Leningradi_Edasi_toimetus, lk 49
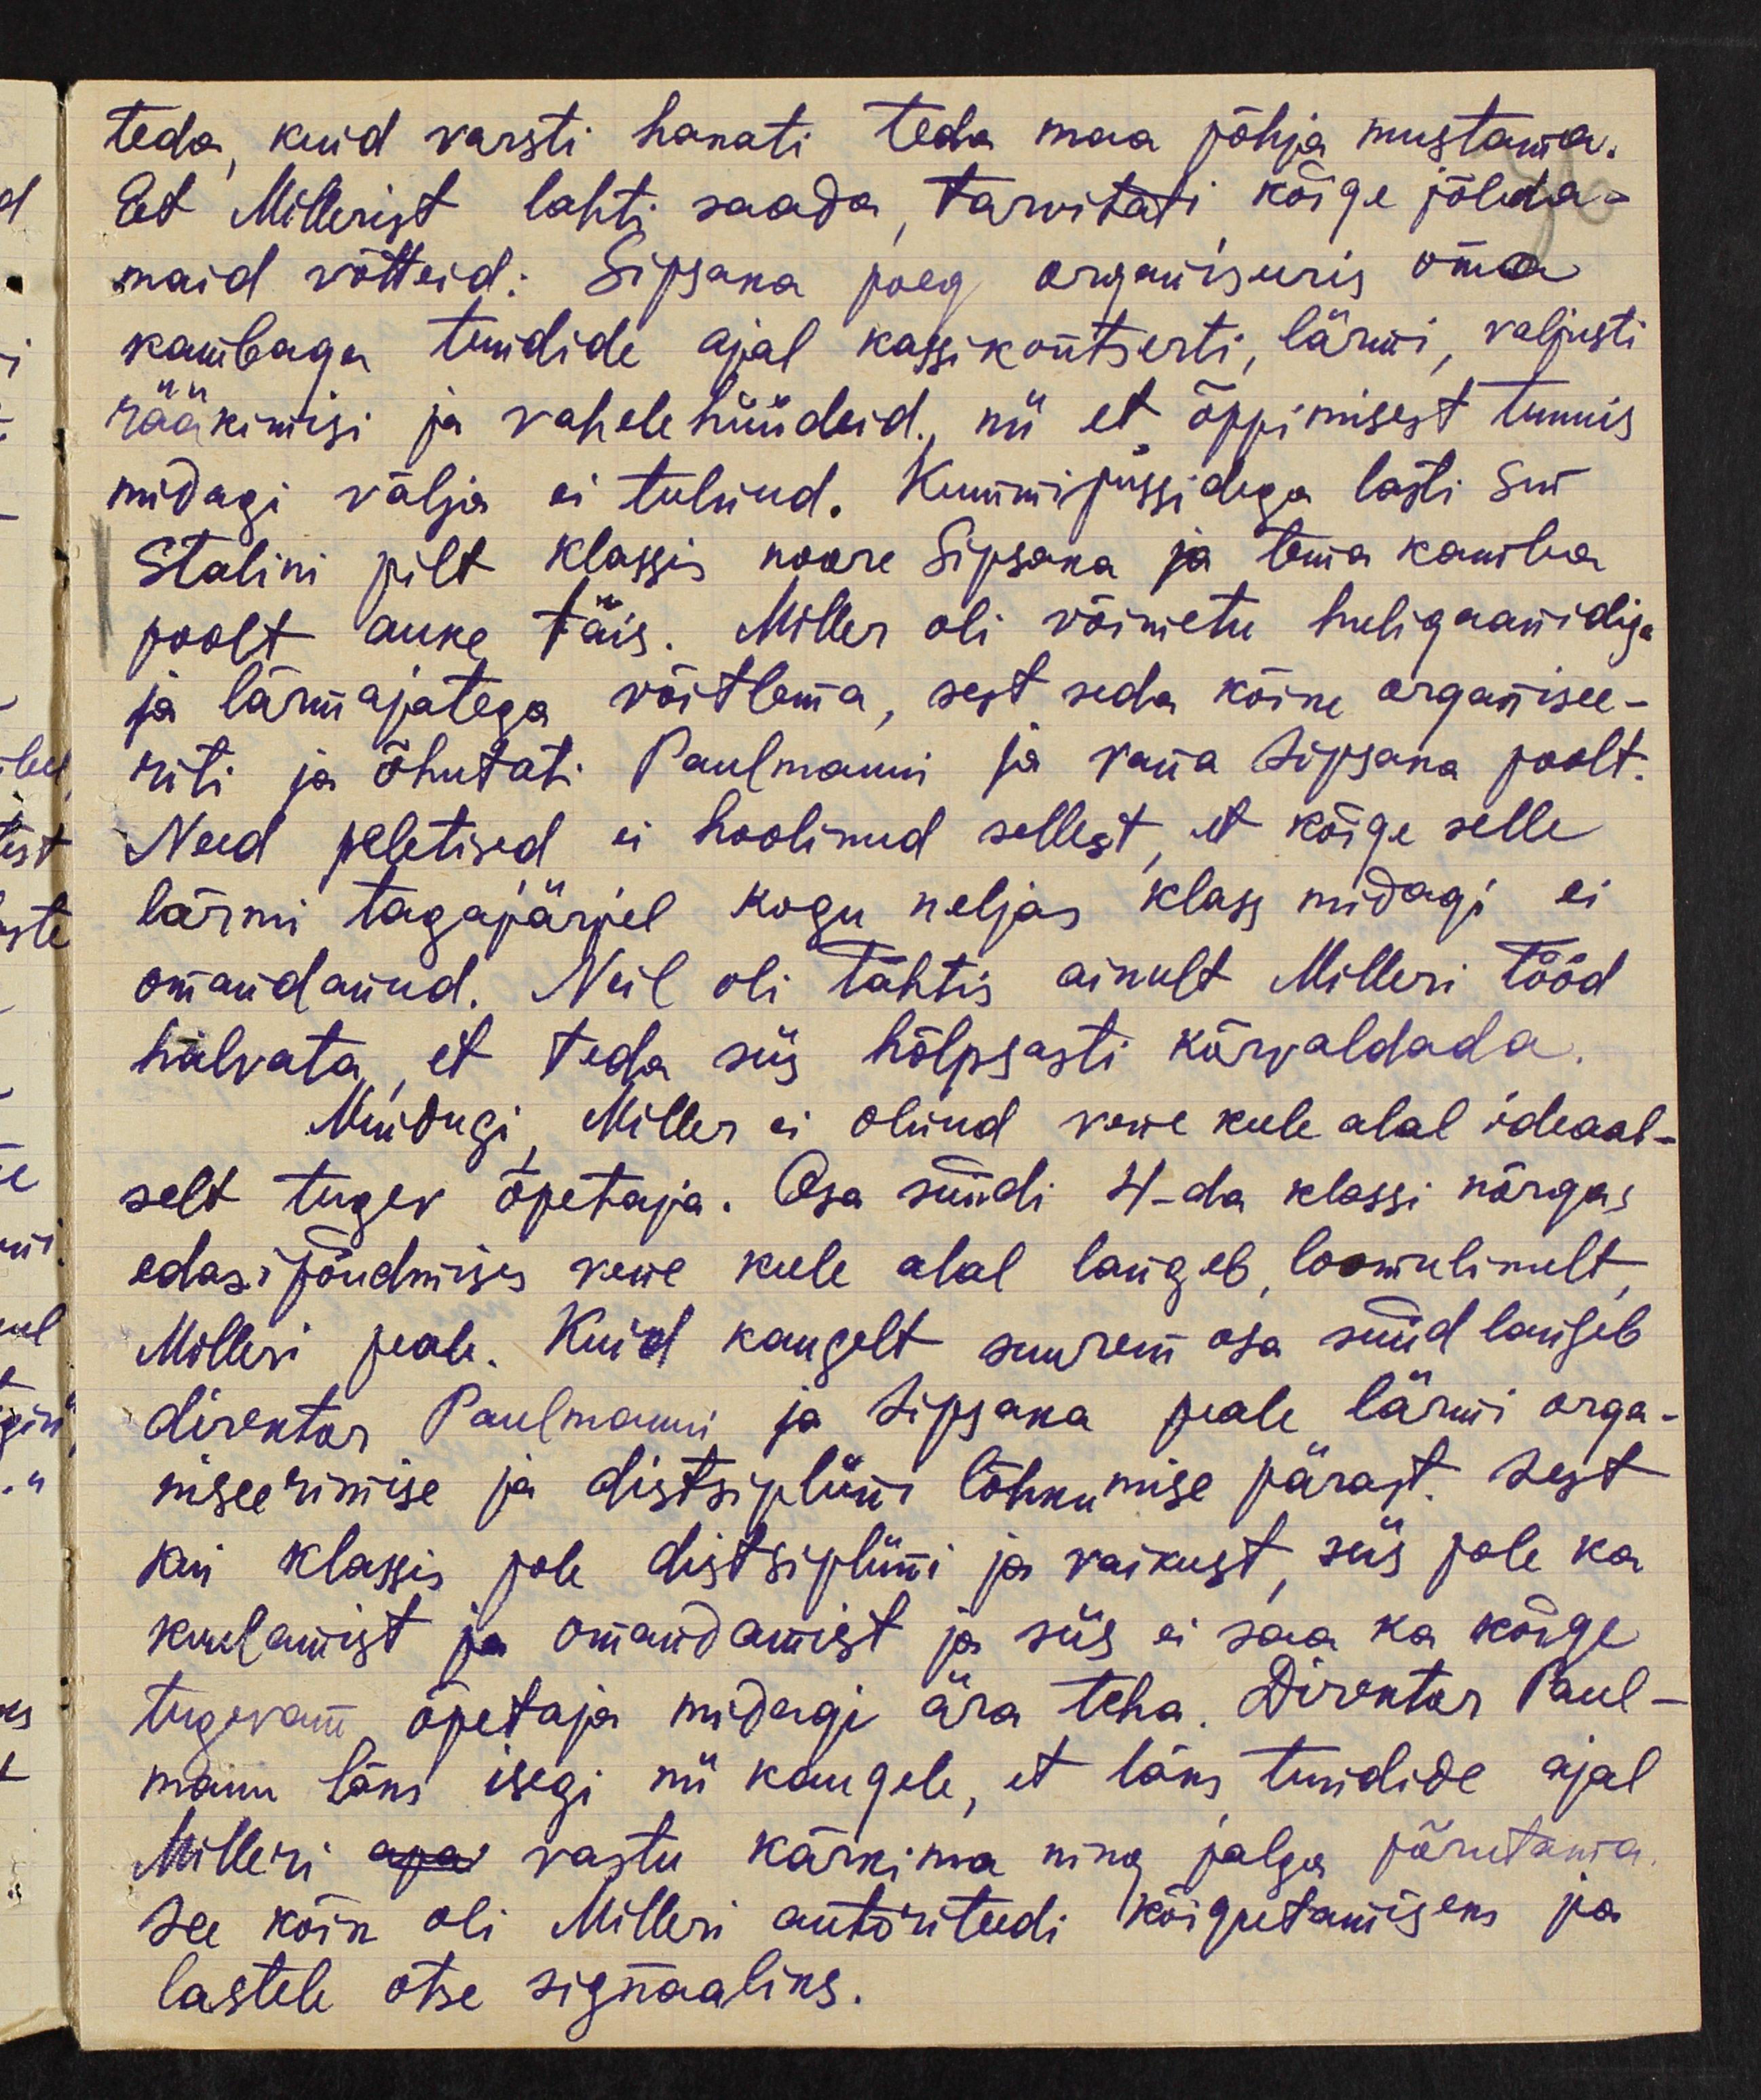
teda, kuid varsti hakati teda maa põhja mustama.
Et Millerist lahti saada, tarvitati kõige jõleda-
maid võtteid. Sipsaka poeg organiseeris oma
kambaga tundide ajal kassikontserti, lärmi, valjusti
rääkimisi ja vahele hüüdeid." nii et õppimisest tunnis
midagi välja ei tulnud. Kummipüssidega lasti sm
Stalini pilt klassis noore Sipsaka ja tema kamba
poolt auke täis. Miller oli võimetu huligaanidiga
ja lärmajatega võitlema, sest seda kõike organsee-
riti ja õhutati Paulmanni ja vana Sipsaka poolt.
Need peletised ei hoolinud sellest, et kõige selle
lärmi tagajärjel kogu neljas klass midagi ei
omandanud. Neil oli tähtis ainult Milleri tööd
halvata, et teda siis hõlpsasti kõrvaldada.
Muidugi Miller ei olnud vene keele alal ideaal-
selt tugev õpetaja. Osa süüdi 4-da klassi nõrgas
edasi jõudmises vene keele alal langeb loomulikult
Milleri peale. Kuid kaugelt suurem osa süüd langeb
direktor Paulmanni ja Sipsaka peale lärmi orga-
niseerimise ja distsipliini lõhkumise pärast. Sest
kui klassis pole distsipliini ja vaikust, siis pole ka
kuulamist ja omandamist ja siis ei saa ka kõige
tugevam õpetaja midagi ära teha. Direktor Paul-
mann läks isegi nii kaugele, et läks tundide ajal
Milleri aja vastu kärkima ning jalga põrutama.
see kõik oli Milleri autoriteedi kõigutamiseks ja
lastele otse signaaliks.